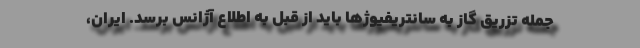
جمله تزریق گاز به سانتریفیوژها باید از قبل به اطلاع آژانس برسد. ایران،